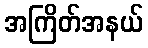
အကြိတ်အနယ်